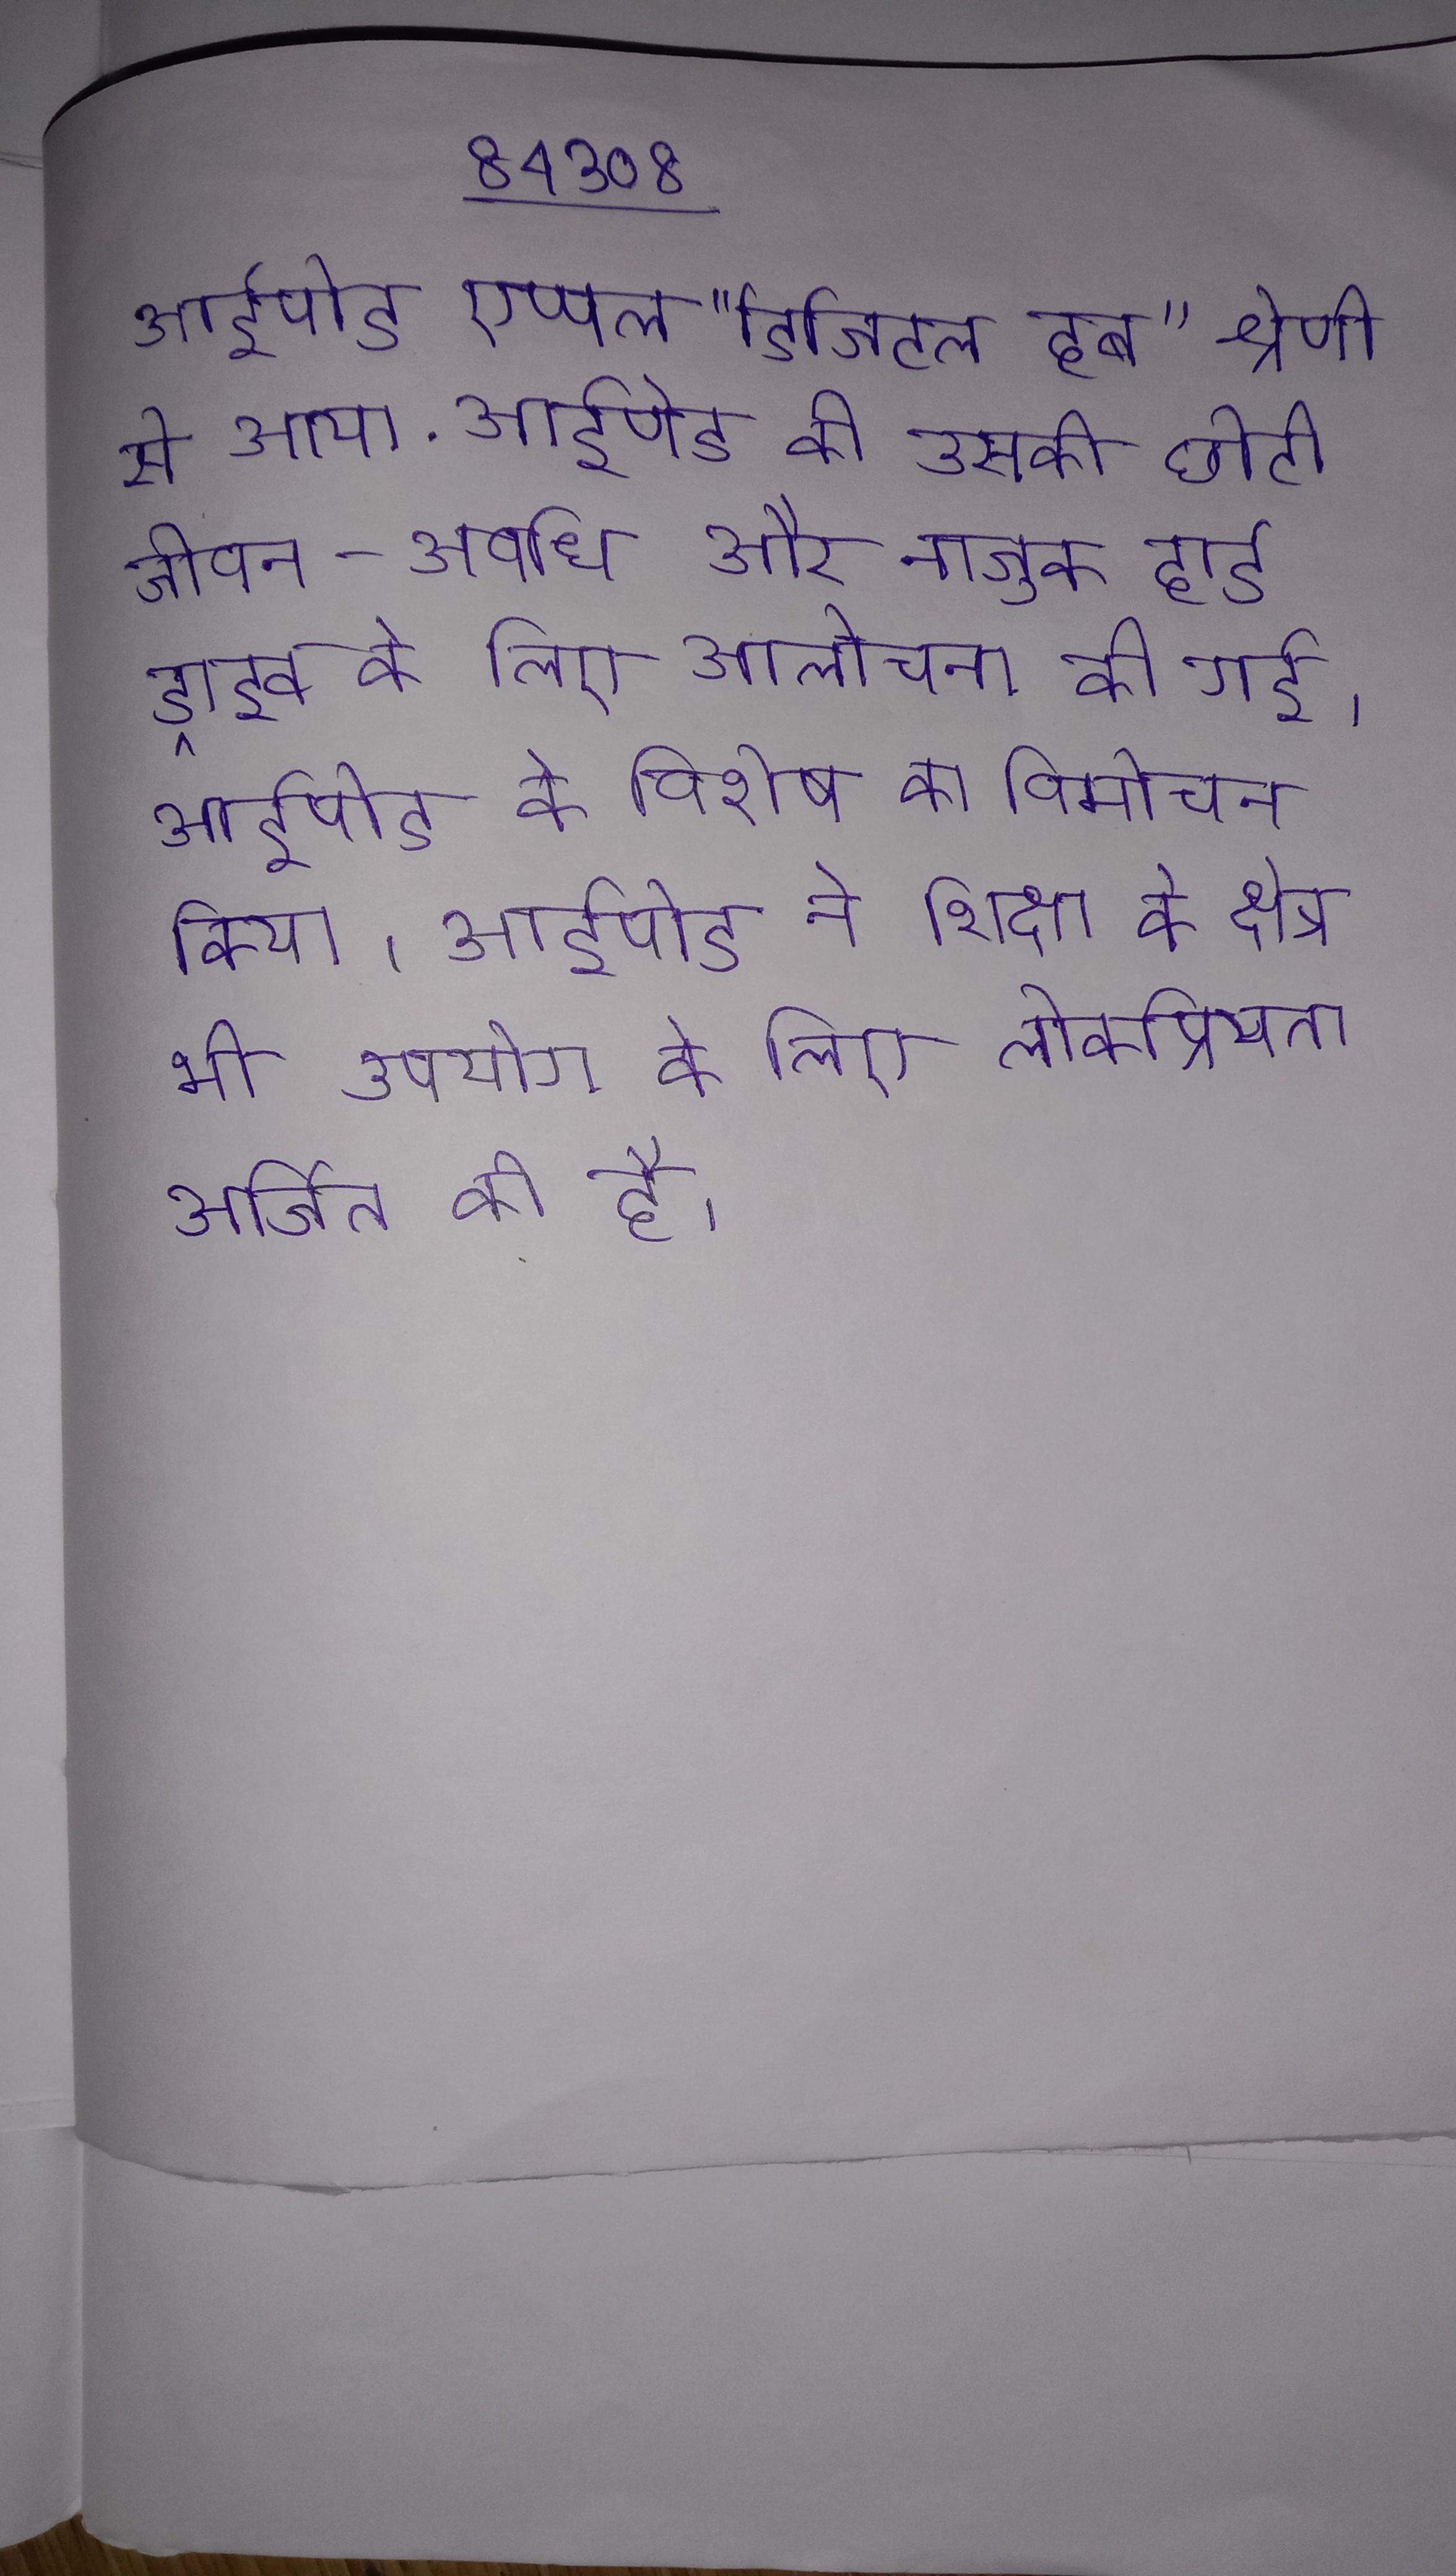
आईपोड एप्पल "डिजिटल हब" श्रेणी से आया . आईपोड की उसकी छोटी जीवन-अवधि और नाजुक हार्ड ड्राइव के लिए आलोचना की गई । आईपोड के विशेष का विमोचन किया । आईपोड ने शिक्षा के क्षेत्र भी उपयोग के लिए लोकप्रियता अर्जित की है ।